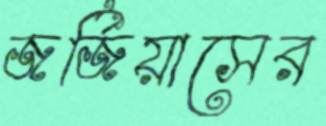
জর্জিয়াসের